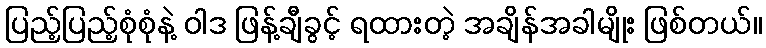
ပြည့်ပြည့်စုံစုံနဲ့ ဝါဒ ဖြန့်ချီခွင့် ရထားတဲ့ အချိန်အခါမျိုး ဖြစ်တယ်။